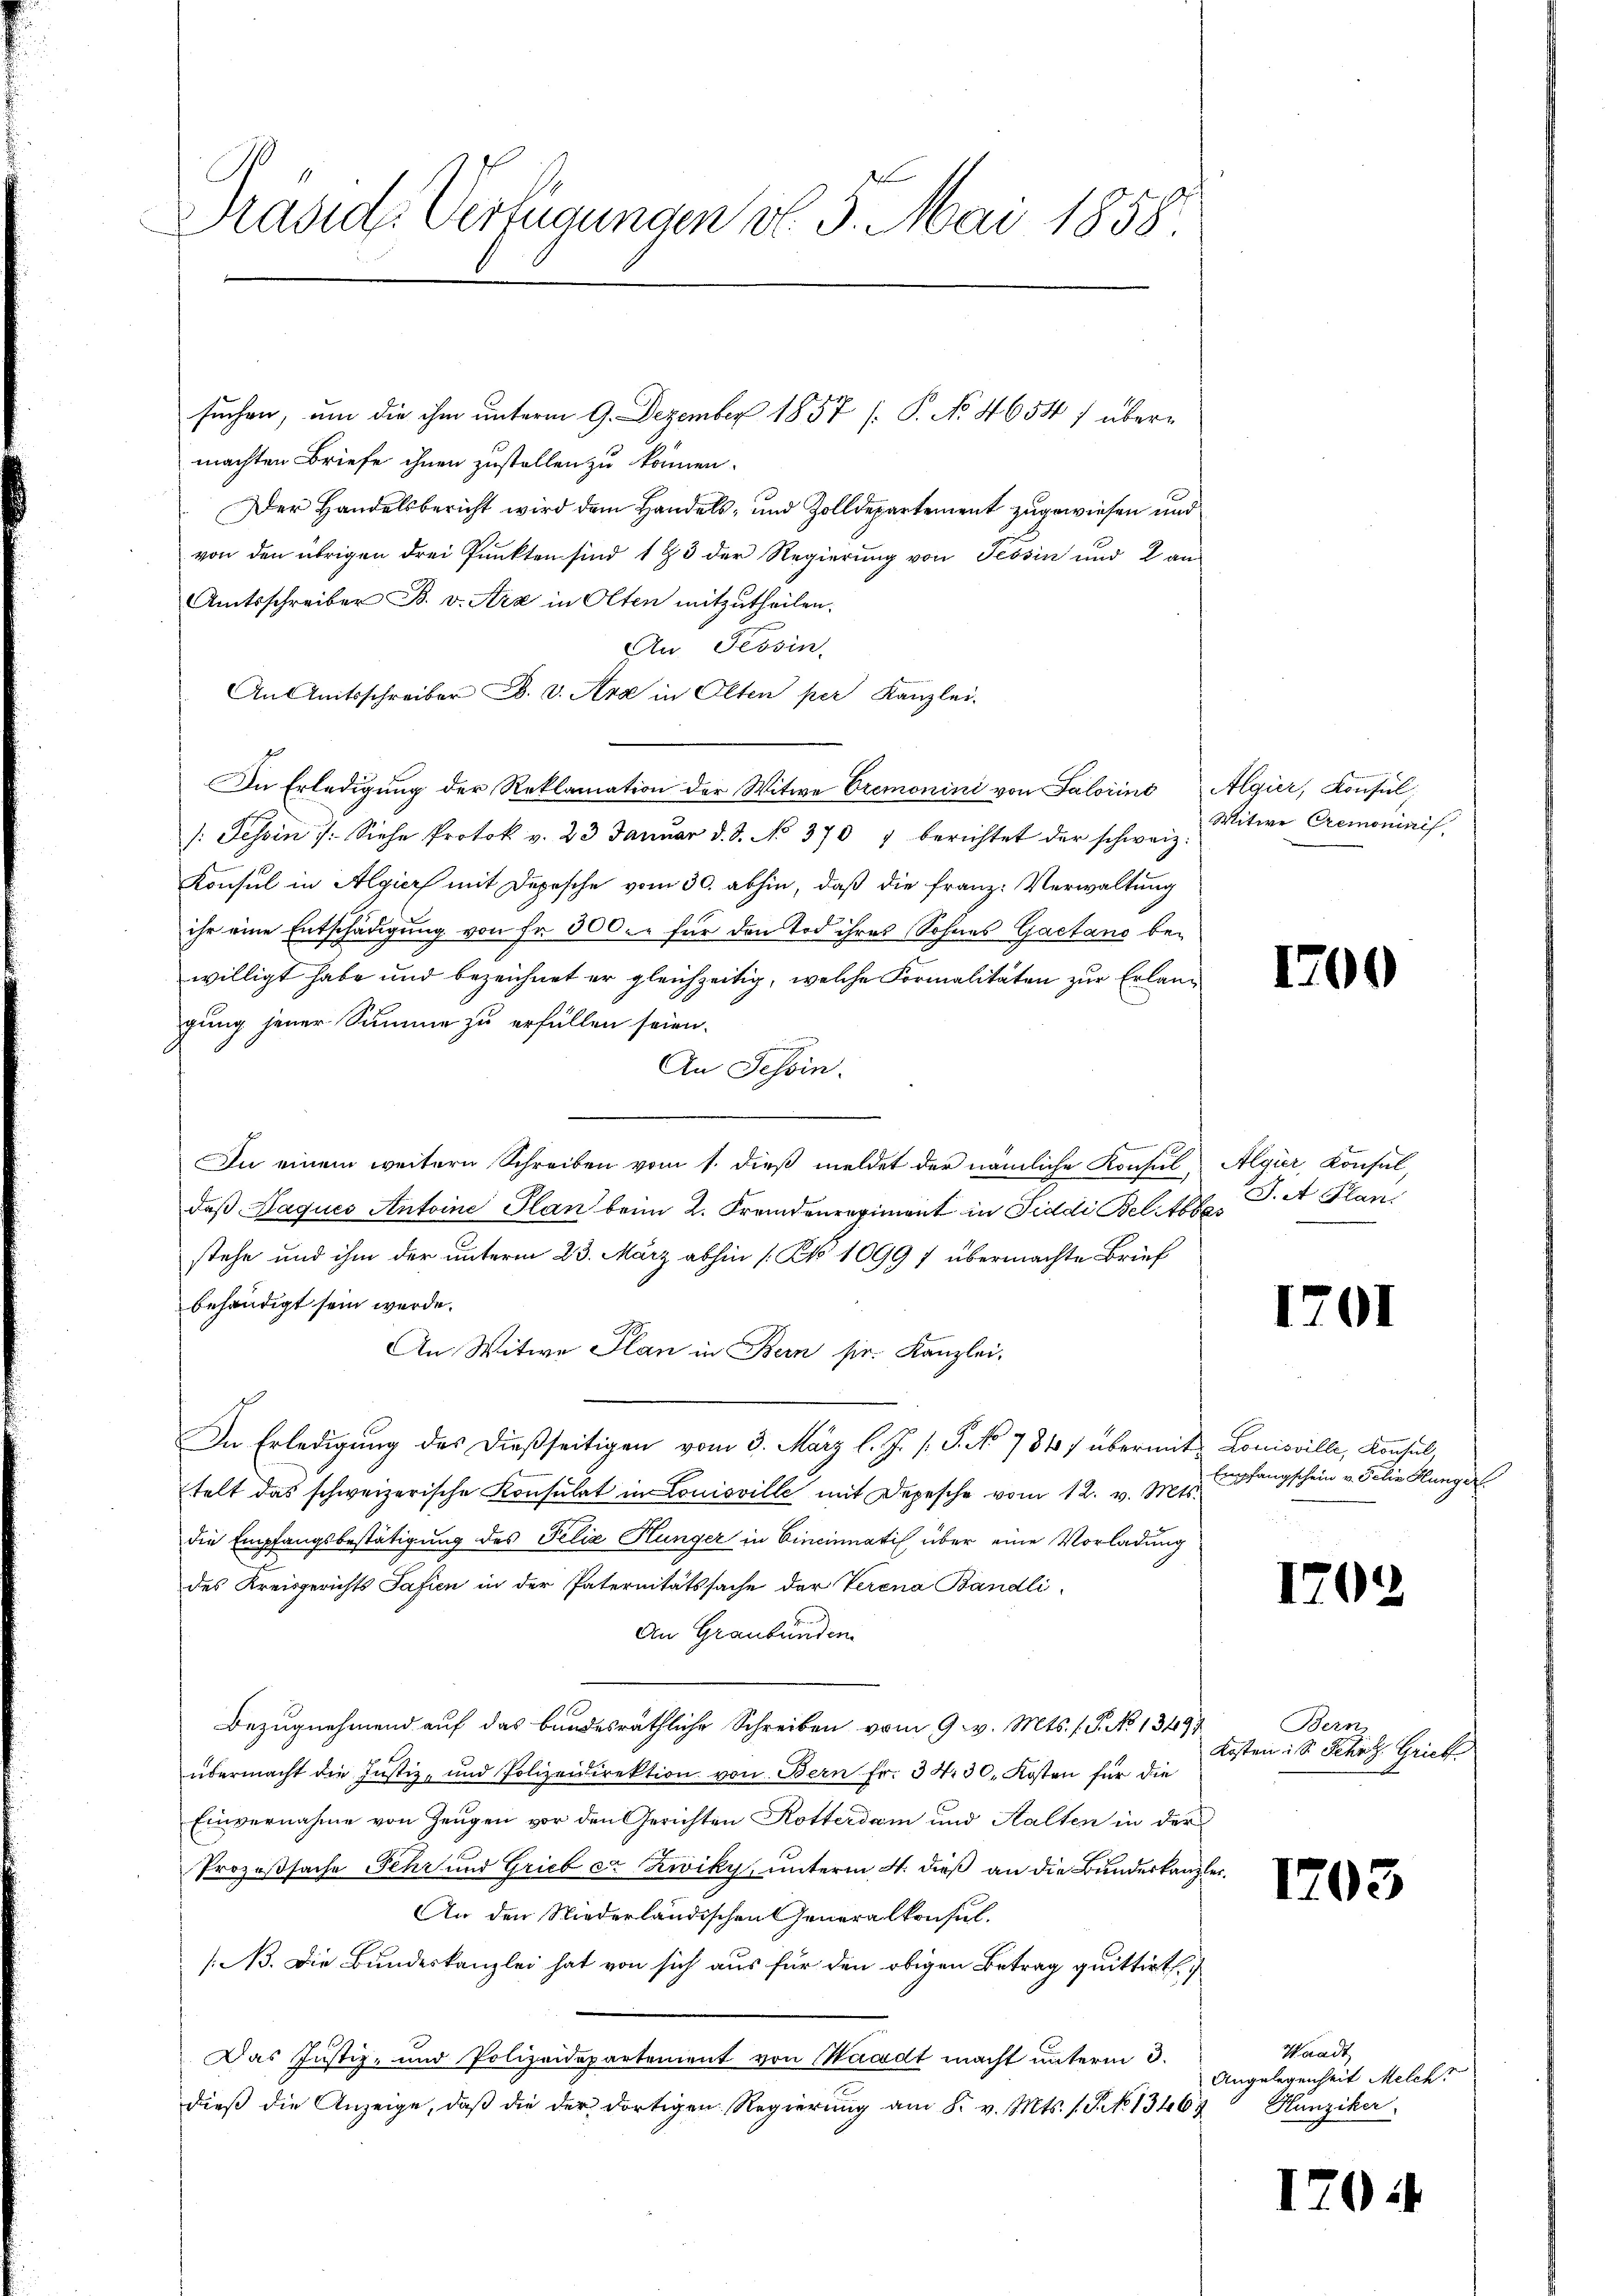
Kasid-Verfügungen v. 5. Mai 1858

suchen, um die ihm unterm 9. Dezember 1857 [ P. No 4654 / übermachten Briefe ihnen zustellen zu können.
Der Handelsbericht wird dem Handels- und Zolldepartement zugewiesen und
von den übrigen drei Punkten sind 193 der Regierung von Tessin und 2 an
Amtsschreiber B. v. Ara in Olten mitzutheilen.
An Tessin,
An Amtsschreiber B. v. Aza in Olten per Kanzlei-
In Erledigung der Reklamation der Witwe Cremonini von Salorins Algier, Konsul
/: Tessin 7. Siehe Protok v. 23 Janŭar d. d. No. 370 " berichtet der schweiz.
Konsul in Algier mit Depesche vom 30. abhin, daß die franz: Verwaltung
ihr eine Entschädigung von fr. 500. für den Tod ihres Sohnes Gaetano bewilligt habe und bezeichnet er gleichzeitig, welche Formalitäten zur Erlang
gung jener Summe zu erfüllen seien.
An Tessin.
Vermeiste
In einem weitern Schreiben vom 1. dieß meldet der nämliche Konsul Algier, Konsul,
daß Haques Antoine Plan beim 2. Fremdenregiment in Fiddi Bel Abbes
stehe und ihm der unterm 23. März abhin [Kk. 1099 1 übermachte Brief
behändigt sein werde.
An Witwe Plan in Bern sie. Kanzlei-
In Erledigung des dießseitigen vom 3. März l. J. P.P. No 784 übermit Louisville, Konsul
telt das schweizerische Konsulat in Louisville mit Depesche vom 12. v. Mts.
die Empfangsbestätigung des Felix Hunger in Cincinnatis über eine Vorladung
des Kreisgerichts Safien in der Paternitätssache der Verena Bandli
An Graubünden
Bezugnehmend auf das bundesräthliche Schreiben vom 9. v. Mts. f. P. No 13497
übermacht die Justiz- und Polizeidirektion von Bern fr. 34. 30. Kosten für die
Einvernahme von Zeugen vor den Gerichten Kotterdam und Halten in der
Prozeßsache Fehr und Grieb er Zwiky, unterm 4. dieß an die Bundeskanzlei¬
An den Niederländischen Generalkonsul.
/B. Die Bundeskanzlei hat von sich aus für den obigen Betrag quittirt
Das Justiz- und Polizeidepartement von Waadt macht unterm 3.
dieβ die Anzeige, daβ die der dortigen Regierung am 8. v. Mts. s. S. No 13468

Witwe Cremoninis

1700

J.A Plani

1701

Empfangschein v. Felix Hunger

1702

Bern
Kosten ist Schaz Grieb

1703

Waadt
Angelegenheit Melch
Hunziker

1704